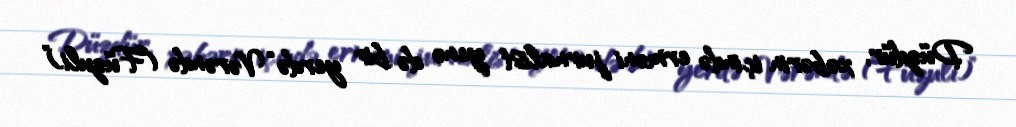
Düzdür, xəbərin içində erməni jurnalist yenə də bir yerdə “Vərəndə (Füzuli)”